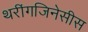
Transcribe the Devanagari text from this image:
थरींगजिनेसीस